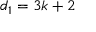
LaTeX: d _ { 1 } = 3 k + 2